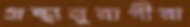
গ্রন্থানুরাগীরা